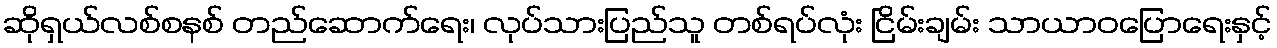
ဆိုရှယ်လစ်စနစ် တည်ဆောက်ရေး၊ လုပ်သားပြည်သူ တစ်ရပ်လုံး ငြိမ်းချမ်း သာယာဝပြောရေးနှင့်